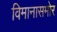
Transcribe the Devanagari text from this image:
विमानासमोर